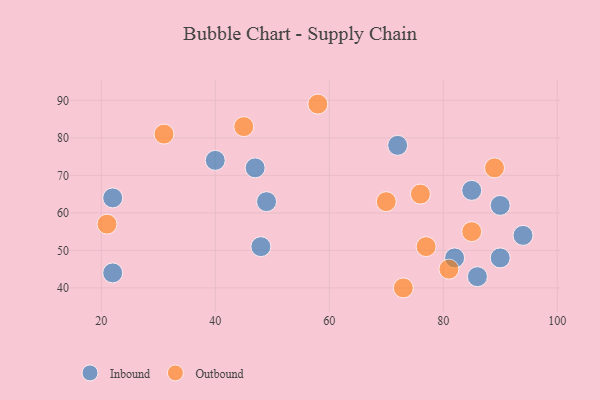
{"axis": {"x": "GDP", "y": "Life Expectancy"}, "legend": ["Inbound", "Outbound"], "data": [{"x": "49", "y": 63, "type": "Inbound"}, {"x": "82", "y": 48, "type": "Inbound"}, {"x": "47", "y": 72, "type": "Inbound"}, {"x": "48", "y": 51, "type": "Inbound"}, {"x": "22", "y": 44, "type": "Inbound"}, {"x": "90", "y": 48, "type": "Inbound"}, {"x": "86", "y": 43, "type": "Inbound"}, {"x": "94", "y": 54, "type": "Inbound"}, {"x": "72", "y": 78, "type": "Inbound"}, {"x": "22", "y": 64, "type": "Inbound"}, {"x": "40", "y": 74, "type": "Inbound"}, {"x": "85", "y": 66, "type": "Inbound"}, {"x": "90", "y": 62, "type": "Inbound"}, {"x": "58", "y": 89, "type": "Outbound"}, {"x": "21", "y": 57, "type": "Outbound"}, {"x": "81", "y": 45, "type": "Outbound"}, {"x": "31", "y": 81, "type": "Outbound"}, {"x": "89", "y": 72, "type": "Outbound"}, {"x": "45", "y": 83, "type": "Outbound"}, {"x": "77", "y": 51, "type": "Outbound"}, {"x": "73", "y": 40, "type": "Outbound"}, {"x": "85", "y": 55, "type": "Outbound"}, {"x": "70", "y": 63, "type": "Outbound"}, {"x": "76", "y": 65, "type": "Outbound"}]}